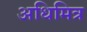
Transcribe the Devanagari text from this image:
अधिमित्र